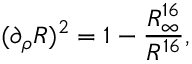
( \partial _ { \rho } R ) ^ { 2 } = 1 - { \frac { R _ { \infty } ^ { 1 6 } } { R ^ { 1 6 } } } ,